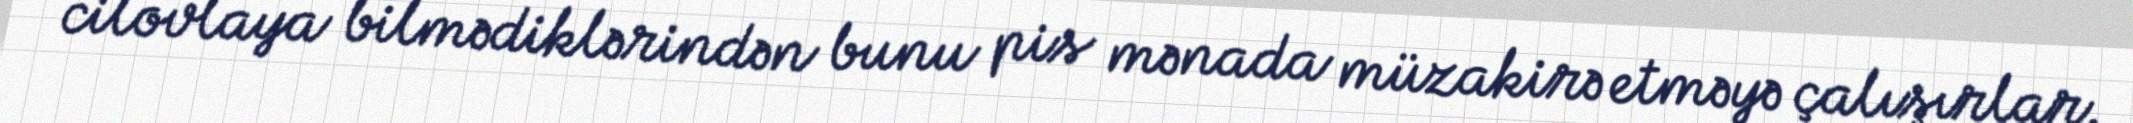
cilovlaya bilmədiklərindən bunu pis mənada müzakirə etməyə çalışırlar.